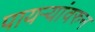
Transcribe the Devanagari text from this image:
पायऱ्यांवरुन